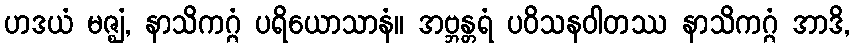
ဟဒယံ မဇ္ဈံ, နာသိကဂ္ဂံ ပရိယောသာနံ။ အဗ္ဘန္တရံ ပဝိသနဝါတဿ နာသိကဂ္ဂံ အာဒိ,